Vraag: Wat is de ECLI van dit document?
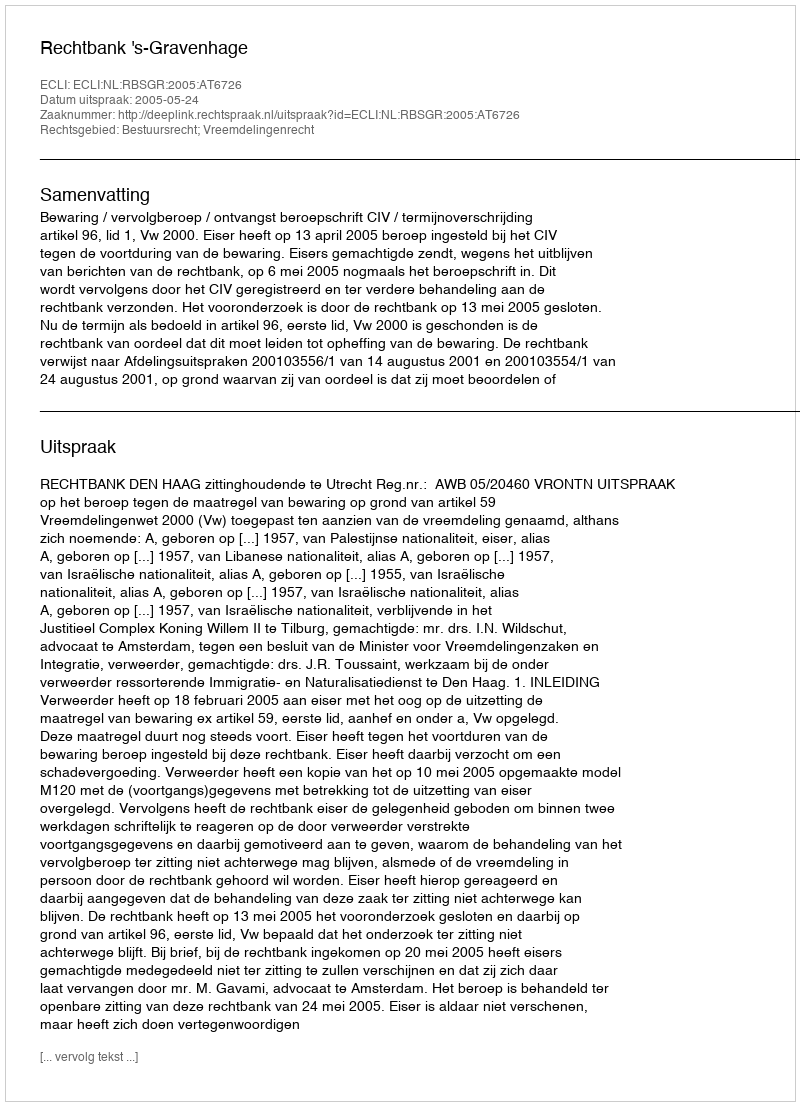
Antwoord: ECLI:NL:RBSGR:2005:AT6726